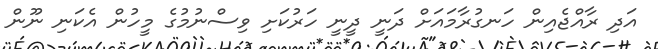
އަދި ރާއްޖެއިން ހަނގުރާމައަށް ދަނީ ދީނީ ހަރުކަށި ވިސްނުމުގެ މީހުން އެކަނި ނޫން